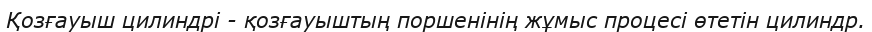
Қозғауыш цилиндрі - қозғауыштың поршенінің жұмыс процесі өтетін цилиндр.